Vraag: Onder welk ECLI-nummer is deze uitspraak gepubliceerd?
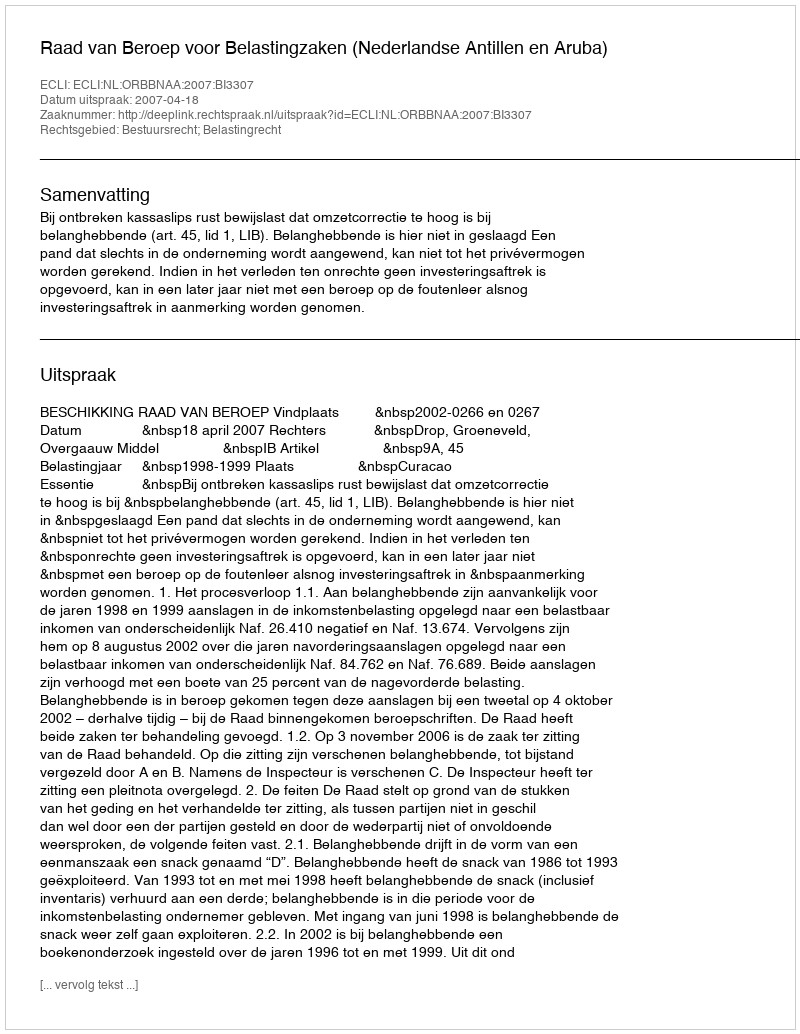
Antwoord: ECLI:NL:ORBBNAA:2007:BI3307